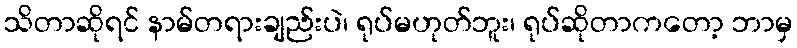
သိတာဆိုရင် နာမ်တရားချည်းပဲ၊ ရုပ်မဟုတ်ဘူး၊ ရုပ်ဆိုတာကတော့ ဘာမှ